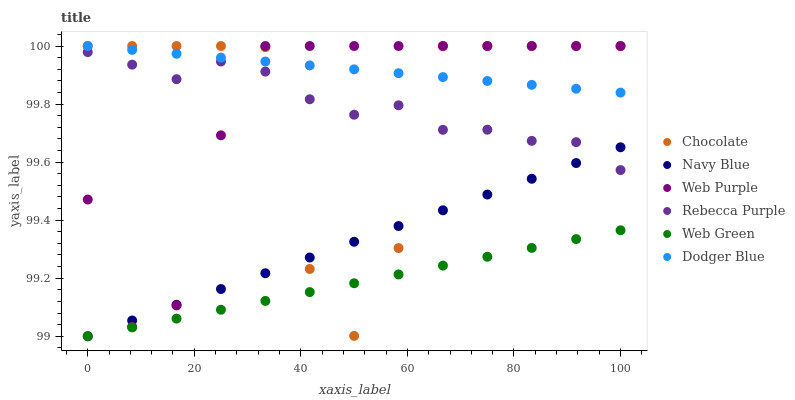
| xaxis_label | Chocolate | Navy Blue | Web Purple | Rebecca Purple | Web Green | Dodger Blue |
 | --- | --- | --- | --- | --- | --- | --- |
 | 0 | 100 | 99 | 99.5 | 100 | 99 | 100 |
 | 8.33 | 100 | 99.1 | 99 | 99.9 | 99 | 100 |
 | 16.7 | 100 | 99.1 | 99.1 | 99.9 | 99.1 | 100 |
 | 25 | 100 | 99.2 | 99.7 | 99.9 | 99.1 | 100 |
 | 33.3 | 100 | 99.2 | 100 | 99.9 | 99.1 | 99.9 |
 | 41.7 | 99.2 | 99.3 | 100 | 99.8 | 99.2 | 99.9 |
 | 50 | 99 | 99.3 | 100 | 99.8 | 99.2 | 99.9 |
 | 58.3 | 99.3 | 99.4 | 100 | 99.8 | 99.2 | 99.9 |
 | 66.7 | 100 | 99.4 | 100 | 99.7 | 99.2 | 99.9 |
 | 75 | 100 | 99.5 | 100 | 99.7 | 99.3 | 99.9 |
 | 83.3 | 100 | 99.5 | 100 | 99.7 | 99.3 | 99.9 |
 | 91.7 | 100 | 99.6 | 100 | 99.7 | 99.3 | 99.9 |
 | 100 | 100 | 99.7 | 100 | 99.6 | 99.4 | 99.8 |